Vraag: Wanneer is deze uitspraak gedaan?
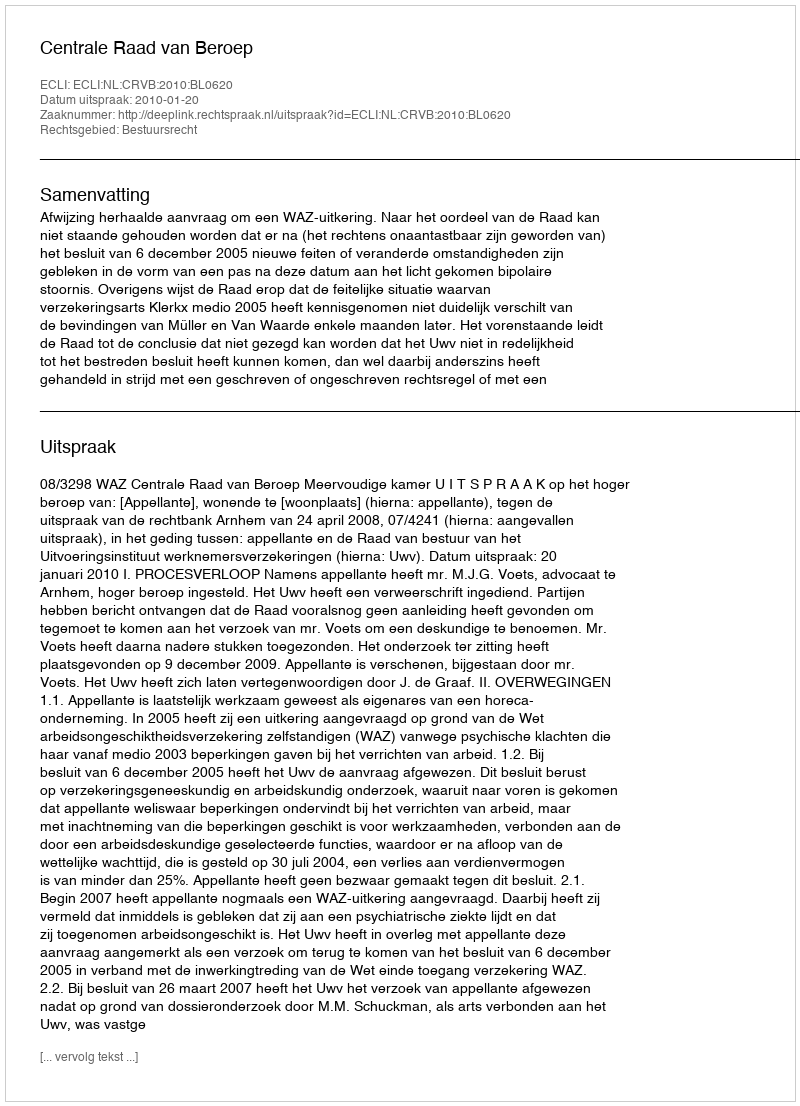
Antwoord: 2010-01-20